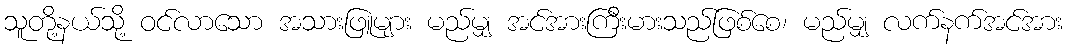
သူတို့နယ်သို့ ဝင်လာသော အသားဖြူများ မည်မျှ အင်အားကြီးမားသည်ဖြစ်စေ၊ မည်မျှ လက်နက်အင်အား